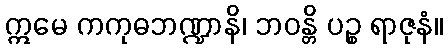
ဣမေ ကကုဓဘဏ္ဍာနိ၊ ဘဝန္တိ ပဉ္စ ရာဇုနံ။